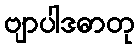
ဗျာပါဒဓာတု